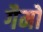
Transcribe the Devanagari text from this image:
गैमो